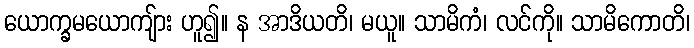
ယောက္ခမယောကျ်ား ဟူ၍။ န အာဒိယတိ၊ မယူ။ သာမိကံ၊ လင်ကို။ သာမိကောတိ၊